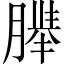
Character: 𬂍